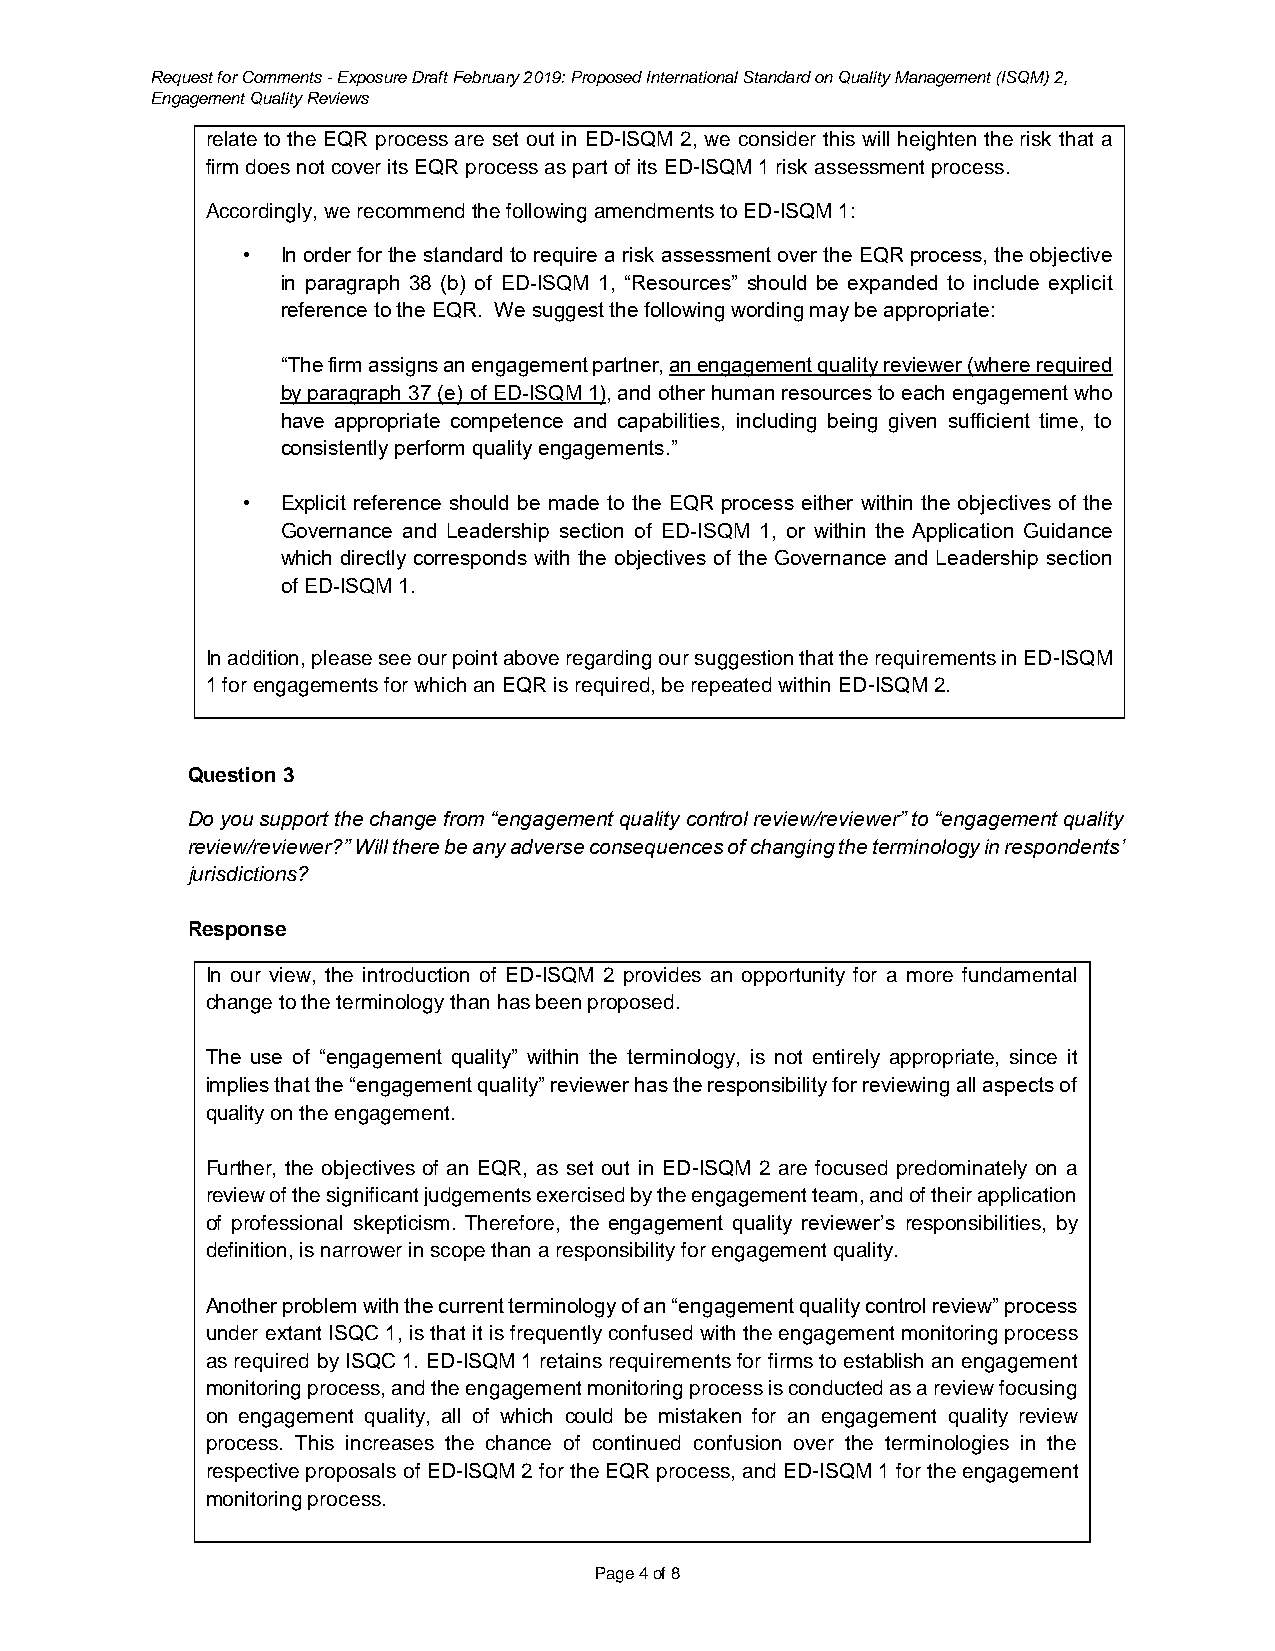
Request for Comments - Exposure Draft February 2019: Proposed International Standard on Quality Management (ISQM) 2,
 Engagement Quality Reviews
 relate to the EQR process are set out in ED-ISQM 2, we consider this will heighten the risk that a
 firm does not cover its EQR process as part of its ED-ISQM 1 risk assessment process.
 Accordingly, we recommend the following amendments to ED-ISQM 1:
 •  In order for the standard to require a risk assessment over the EQR process, the objective
 in paragraph 38 (b) of ED-ISQM 1, “Resources” should be expanded to include explicit
 reference to the EQR. We suggest the following wording may be appropriate:
 “The firm assigns an engagement partner, an engagement quality reviewer (where required
 by paragraph 37 (e) of ED-ISQM 1), and other human resources to each engagement who
 have appropriate competence and capabilities, including being given sufficient time, to
 consistently perform quality engagements.”
 •  Explicit reference should be made to the EQR process either within the objectives of the
 Governance and Leadership section of ED-ISQM 1, or within the Application Guidance
 which directly corresponds with the objectives of the Governance and Leadership section
 of ED-ISQM 1.
 In addition, please see our point above regarding our suggestion that the requirements in ED-ISQM
 1 for engagements for which an EQR is required, be repeated within ED-ISQM 2.
 Question 3
 Do you support the change from “engagement quality control review/reviewer” to “engagement quality
 review/reviewer?” Will there be any adverse consequences of changing the terminology in respondents’
 jurisdictions?
 Response
 In our view, the introduction of ED-ISQM 2 provides an opportunity for a more fundamental
 change to the terminology than has been proposed.
 The use of “engagement quality” within the terminology, is not entirely appropriate, since it
 implies that the “engagement quality” reviewer has the responsibility for reviewing all aspects of
 quality on the engagement.
 Further, the objectives of an EQR, as set out in ED-ISQM 2 are focused predominately on a
 review of the significant judgements exercised by the engagement team, and of their application
 of professional skepticism. Therefore, the engagement quality reviewer’s responsibilities, by
 definition, is narrower in scope than a responsibility for engagement quality.
 Another problem with the current terminology of an “engagement quality control review” process
 under extant ISQC 1, is that it is frequently confused with the engagement monitoring process
 as required by ISQC 1. ED-ISQM 1 retains requirements for firms to establish an engagement
 monitoring process, and the engagement monitoring process is conducted as a review focusing
 on engagement quality, all of which could be mistaken for an engagement quality review
 process. This increases the chance of continued confusion over the terminologies in the
 respective proposals of ED-ISQM 2 for the EQR process, and ED-ISQM 1 for the engagement
 monitoring process.
 Page 4 of 8